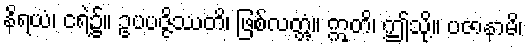
နိရယံ၊ ငရဲ၌။ ဥပပဇ္ဇိဿတိ၊ ဖြစ်လတ္တံ့။ ဣတိ၊ ဤသို့။ ပဇာနာမိ၊